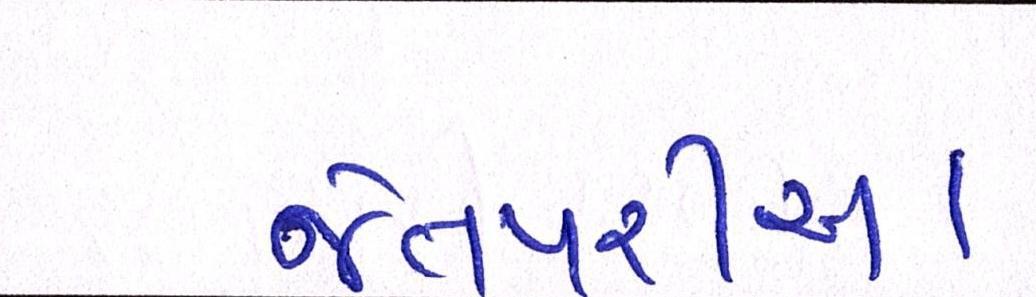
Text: જેતપરીયા